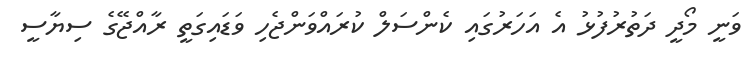
ވަނީ މޯދީ ދަތުރުފުޅު އެ އަހަރުގައި ކެންސަލް ކުރައްވަންޖެހި ވަޑައިގަތީ ރާއްޖޭގެ ސިޔާސީ